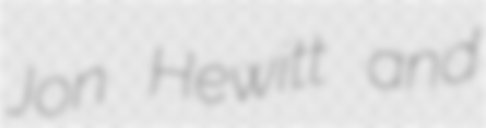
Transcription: Jon Hewitt and